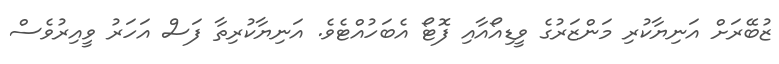
ޒުބޭރަށް އަނިޔާކުރި މަންޒަރުގެ ވީޑިއޯއާއި ފޮޓޯ އެބަހުއްޓެވެ. އަނިޔާކުރިތާ ފަސް އަހަރު ވީއިރުވެސް